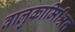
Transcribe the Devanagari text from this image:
वालुकामिश्रित